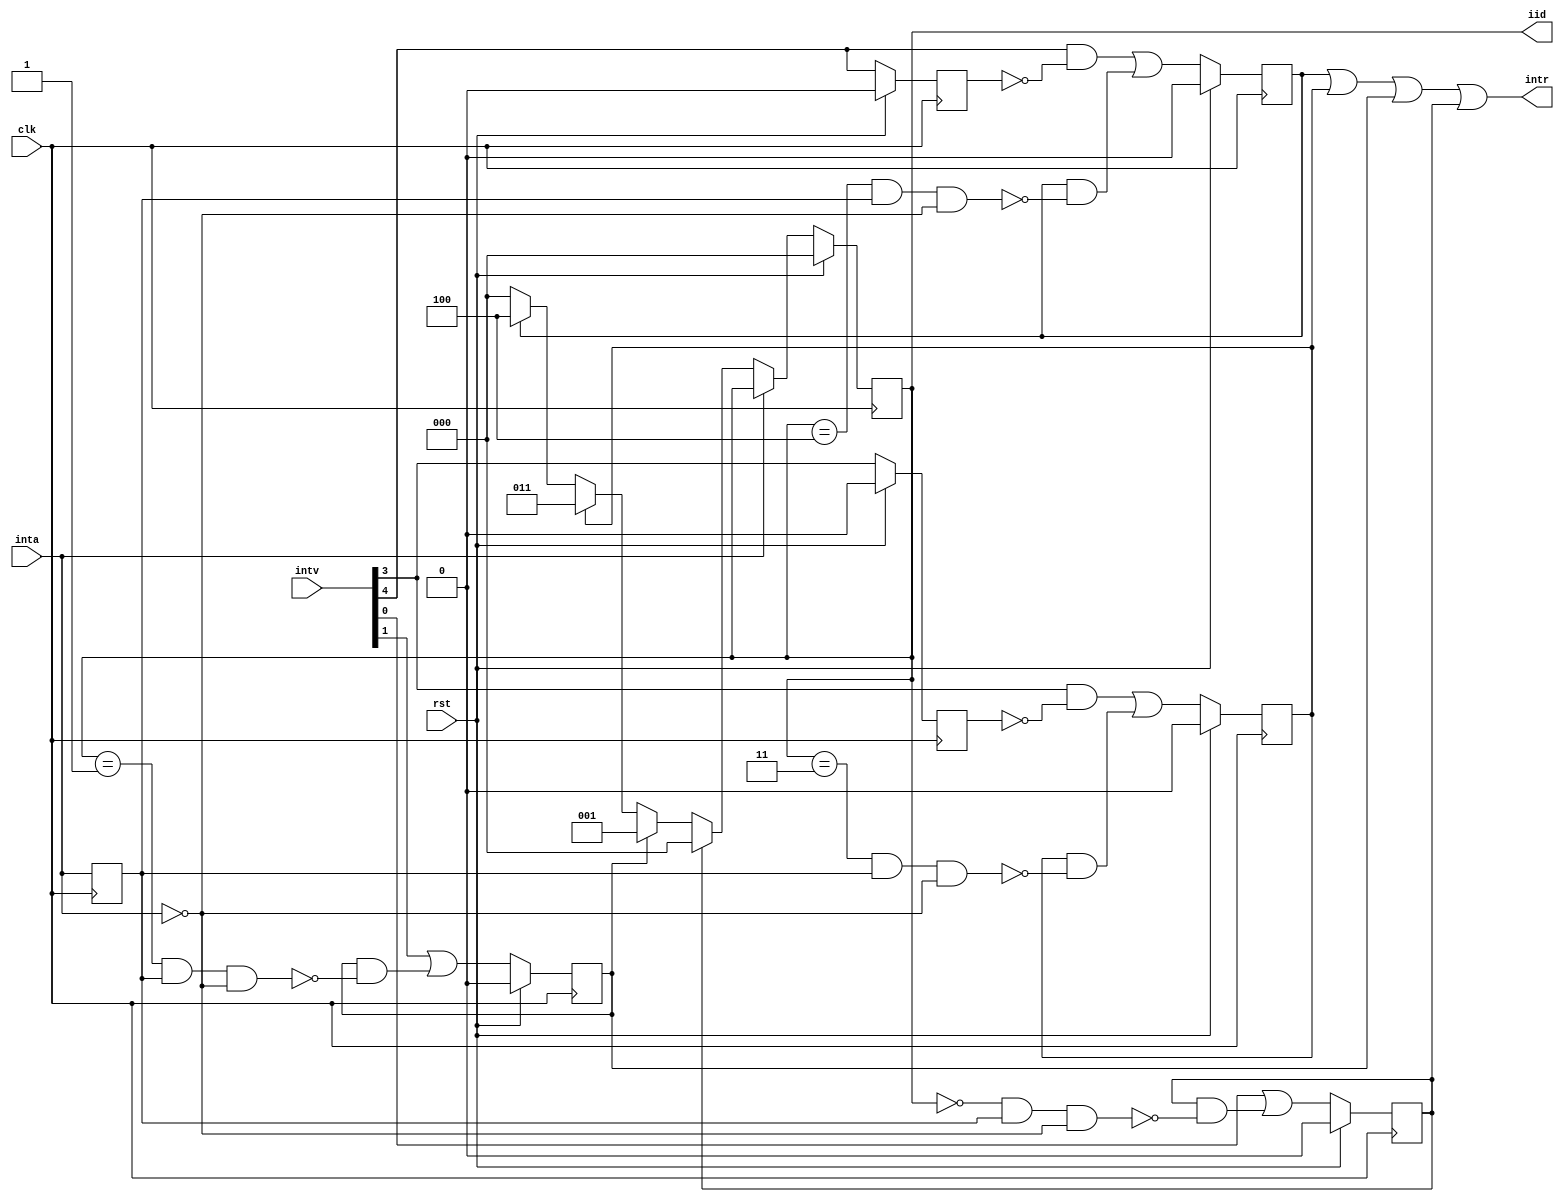
/*
 *  Super Simple Priority Interrupt Controller
 *  Copyright (C) 2010  Zeus Gomez Marmolejo <zeus@aluzina.org>
 *  Copyright (C) 2010  Donna Polehn <dpolehn@verizon.net>
 *
 *  This file is part of the Zet processor. This processor is free
 *  hardware; you can redistribute it and/or modify it under the terms of
 *  the GNU General Public License as published by the Free Software
 *  Foundation; either version 3, or (at your option) any later version.
 *
 *  Zet is distrubuted in the hope that it will be useful, but WITHOUT
 *  ANY WARRANTY; without even the implied warranty of MERCHANTABILITY
 *  or FITNESS FOR A PARTICULAR PURPOSE. See the GNU General Public
 *  License for more details.
 *
 *  You should have received a copy of the GNU General Public License
 *  along with Zet; see the file COPYING. If not, see
 *  <http://www.gnu.org/licenses/>.
 */

module simple_pic (
    input             clk,
    input             rst,
    input       [7:0] intv,
    input             inta,
    output            intr,
    output reg  [2:0] iid
  );

  // Registers
  reg [7:0] irr;
  reg       inta_r;
  reg       int3_r;
  reg       int4_r;

  // Continuous assignments, note that only IRQs 0,1,3 & 4 are driven atm
  assign intr = irr[4] | irr[3] | irr[1] | irr[0];

  // Behaviour of inta_r
  always @(posedge clk) inta_r <= inta;

  // irr
  always @(posedge clk)
    irr[0] <= rst ? 1'b0 : (intv[0] | irr[0] & !(iid == 3'b000 && inta_r && !inta));

  always @(posedge clk)
    irr[1] <= rst ? 1'b0 : (intv[1] | irr[1] & !(iid == 3'b001 && inta_r && !inta));

  always @(posedge clk)
    irr[3] <= rst ? 1'b0 : ((intv[3] && !int3_r) | irr[3] & !(iid == 3'b011 && inta_r && !inta));
  always @(posedge clk) int3_r <= rst ? 1'b0 : intv[3];    // int3_r

  always @(posedge clk)
    irr[4] <= rst ? 1'b0 : ((intv[4] && !int4_r) | irr[4] & !(iid == 3'b100 && inta_r && !inta));
  always @(posedge clk) int4_r <= rst ? 1'b0 : intv[4];    // int4_r

  always @(posedge clk)                        // iid
    iid <= rst ? 3'b0 : (inta ? iid :
                        (irr[0] ? 3'b000 :
                        (irr[1] ? 3'b001 :
                        (irr[3] ? 3'b011 :
                        (irr[4] ? 3'b100 : 
                                  3'b000
                        )))));

endmodule